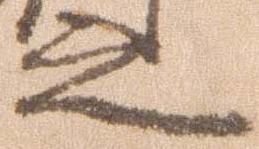
之